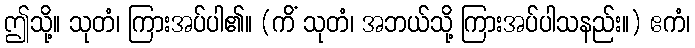
ဤသို့။ သုတံ၊ ကြားအပ်ပါ၏။ (ကိံ သုတံ၊ အဘယ်သို့ ကြားအပ်ပါသနည်း။) ဧကံ၊